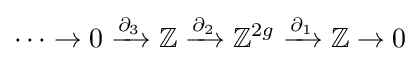
\cdots \to 0\xrightarrow {\partial _{3}} \mathbb {Z} \xrightarrow {\partial _{2}} \mathbb {Z} ^{2g}\xrightarrow {\partial _{1}} \mathbb {Z} \to 0